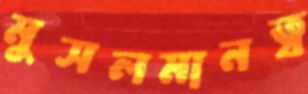
মুসলমানত্ব